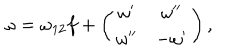
LaTeX: \omega = \omega _ { 1 2 } f + \left( \begin{matrix} { { \omega ^ { \prime } } } & { { \omega ^ { \prime \prime } } } \\ { { \omega ^ { \prime \prime } } } & { { - \omega ^ { \prime } } } \\ \end{matrix} \right) ,